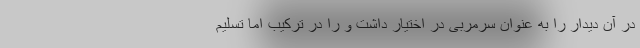
در آن دیدار را به عنوان سرمربی در اختیار داشت و را در ترکیب اما تسلیم